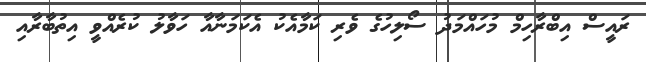
ރައީސް އިބްރާހިމް މުހައްމަދު ސޯލިހުގެ ވެރި ކަމާއެކު އެކަމަނާއާ ހަވާލު ކުރެއްވީ އިތުބާރާއި